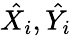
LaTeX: \hat{X_{i}},\hat{Y_{i}}